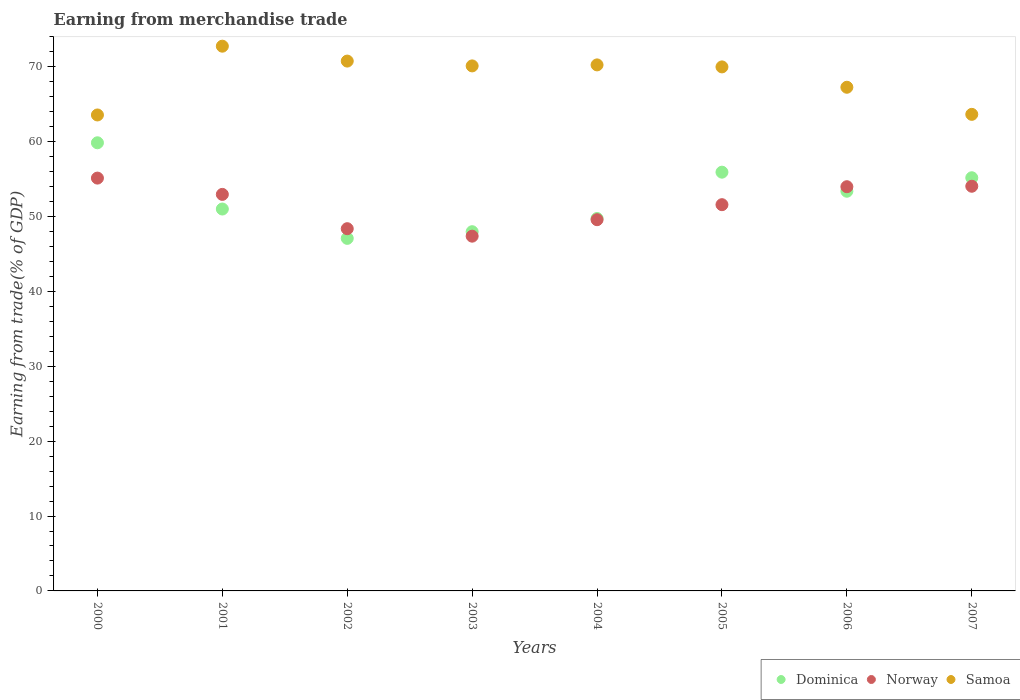
| Years | Dominica | Norway | Samoa |
 | --- | --- | --- | --- |
 | 2000 | 59.8 | 55.1 | 63.6 |
 | 2001 | 51 | 53 | 72.7 |
 | 2002 | 47.1 | 48.4 | 70.8 |
 | 2003 | 48 | 47.4 | 70.1 |
 | 2004 | 49.7 | 49.6 | 70.3 |
 | 2005 | 55.9 | 51.6 | 70 |
 | 2006 | 53.4 | 54 | 67.3 |
 | 2007 | 55.2 | 54 | 63.6 |